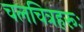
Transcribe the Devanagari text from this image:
चलचित्रहरूः